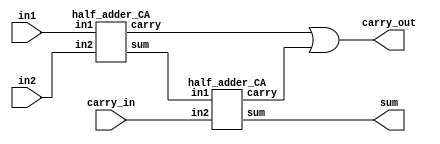
//Developed by: Aashi Srivastava
// TITLE: Full adder from Half Adder
module full_from_half (sum,carry_out,in1,in2,carry_in);
    input in1,in2,carry_in;
    output sum,carry_out;
    wire wire1,wire2,wire3;

    half_adder_CA h1(wire1,wire2,in1,in2);
    half_adder_CA h2(sum,wire3,wire1,carry_in);
    or o1(carry_out,wire2,wire3);

endmodule
module half_adder_CA(
    sum,carry,in1,in2
);
input in1,in2;
output sum, carry;

assign sum=in1^in2; //Sum of half adder is given by xor of the two inputs
assign carry=in1 & in2; // carry of the two half adder is given by the and of the two inputs
endmodule